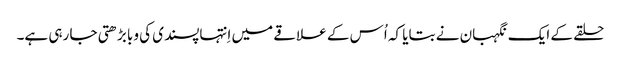
‏ حلقے کے ایک نگہبان نے بتایا کہ اُس کے علاقے میں اِنتہاپسندی کی وبا بڑھتی جا رہی ہے۔